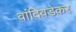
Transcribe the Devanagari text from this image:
वांदिवडेकर